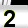
Digit: 2